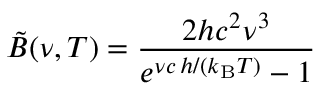
\tilde { B } ( \nu , T ) = \frac { 2 h c ^ { 2 } \nu ^ { 3 } } { e ^ { \nu c \, h / ( k _ { \mathrm { B } } T ) } - 1 }